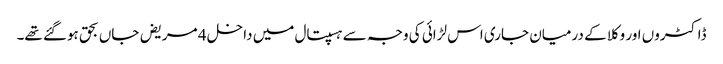
ڈاکٹروں اور وکلا کے درمیان جاری اس لڑائی کی وجہ سے ہسپتال میں داخل 4 مریض جاں بحق ہوگئے تھے۔